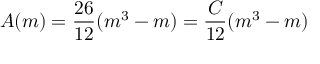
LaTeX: A ( m ) = \frac { 2 6 } { 1 2 } ( m ^ { 3 } - m ) = \frac { C } { 1 2 } ( m ^ { 3 } - m )